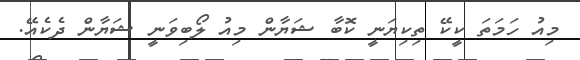
މިއު ހަމަތަ ކީކޭ ތިކިޔަނީ ކޮބާ ޝަޔާން މިއު ލޯބިވަނީ ޝަޔާން ދެކެއޭ.